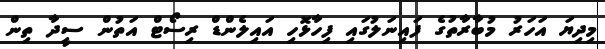
މިދިޔަ އަހަރު މުބާރާތުގެ ފައިނަލުގައި ފިހާޅޮހި އައިލެންޑް ރިސޯޓް އަތުން ސީދާ ތިން